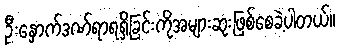
ဦးနှောက်ဒဏ်ရာရရှိခြင်းကိုအများဆုံးဖြစ်စေခဲ့ပါတယ်။